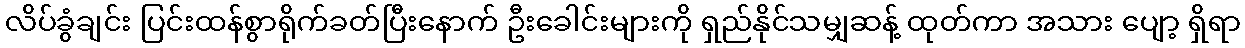
လိပ်ခွံချင်း ပြင်းထန်စွာရိုက်ခတ်ပြီးနောက် ဦးခေါင်းများကို ရှည်နိုင်သမျှဆန့် ထုတ်ကာ အသား ပျော့ ရှိရာ